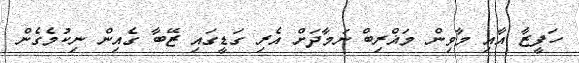
ހަފީޒާ އާއި މާވިން މަޣްރިބް ނަމާދަށް އެރި ގަޑީގައި ޒޭބާ ގެއިން ނިކުމެގެން